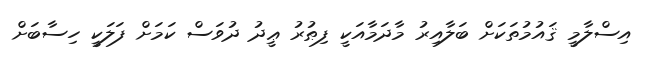
އިސްލާމީ ޤައުމުތަކަށް ބަލާއިރު މާދަމާއަކީ ފިޠުރު ޢީދު ދުވަސް ކަމަށް ފަލަކީ ހިސާބަށް